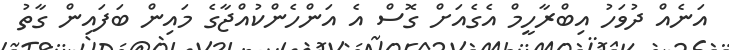
އަނެއް ދުވަހު އިބްރާހީމް އެގެއަށް ގޮސް އެ އަންހެންކުއްޖާގެ މައިން ބަފައިން ގާތު